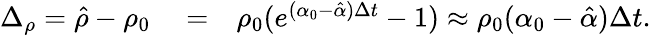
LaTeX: \begin{array}{rlr}{\Delta_{\rho}=\hat{\rho}-\rho_{0}}&{{}=}&{\rho_{0}(e^{(\alpha_{0}-\hat{\alpha})\Delta t}-1)\approx\rho_{0}(\alpha_{0}-\hat{\alpha})\Delta t.}\end{array}